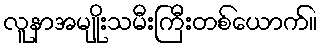
လူနာအမျိုးသမီးကြီးတစ်ယောက်။